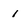
Character: 1